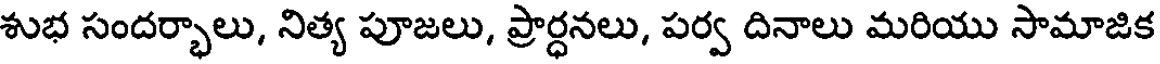
శుభ సందర్భాలు, నిత్య పూజలు, ప్రార్ధనలు, పర్వ దినాలు మరియు సామాజిక